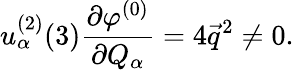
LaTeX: u_{\alpha}^{(2)}(3)\frac{\partial\varphi^{(0)}}{\partial Q_{\alpha}}=4\vec{q}^{2}\not=0.